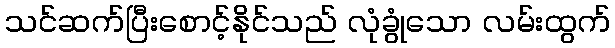
သင်ဆက်ပြီးစောင့်နိုင်သည် လုံခွုံသော လမ်းထွက်